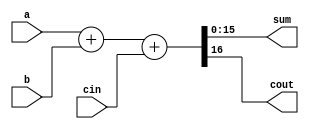
/*

Copyright 2022 Marc Ketel
SPDX-License-Identifier: Apache-2.0

*/

`default_nettype none

module add16 (
    input wire [15:0] a,
    input wire [15:0] b,
    input wire cin,
    output wire [15:0] sum,
    output wire cout
);

  assign {cout, sum} = a + b + cin;
endmodule